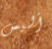
أليس